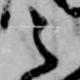
之